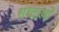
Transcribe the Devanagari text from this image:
शब्दार्थो